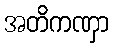
အတိကဏှာ